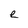
Character: e